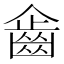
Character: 𪗖